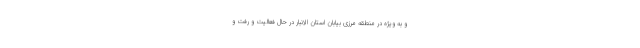
و به ویژه در منطقه مرزی بیابان استان الانبار در حال فعالیت و رفت و